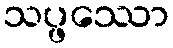
သပ္ဖဿော